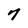
Character: 7